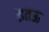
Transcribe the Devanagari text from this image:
इतऊ